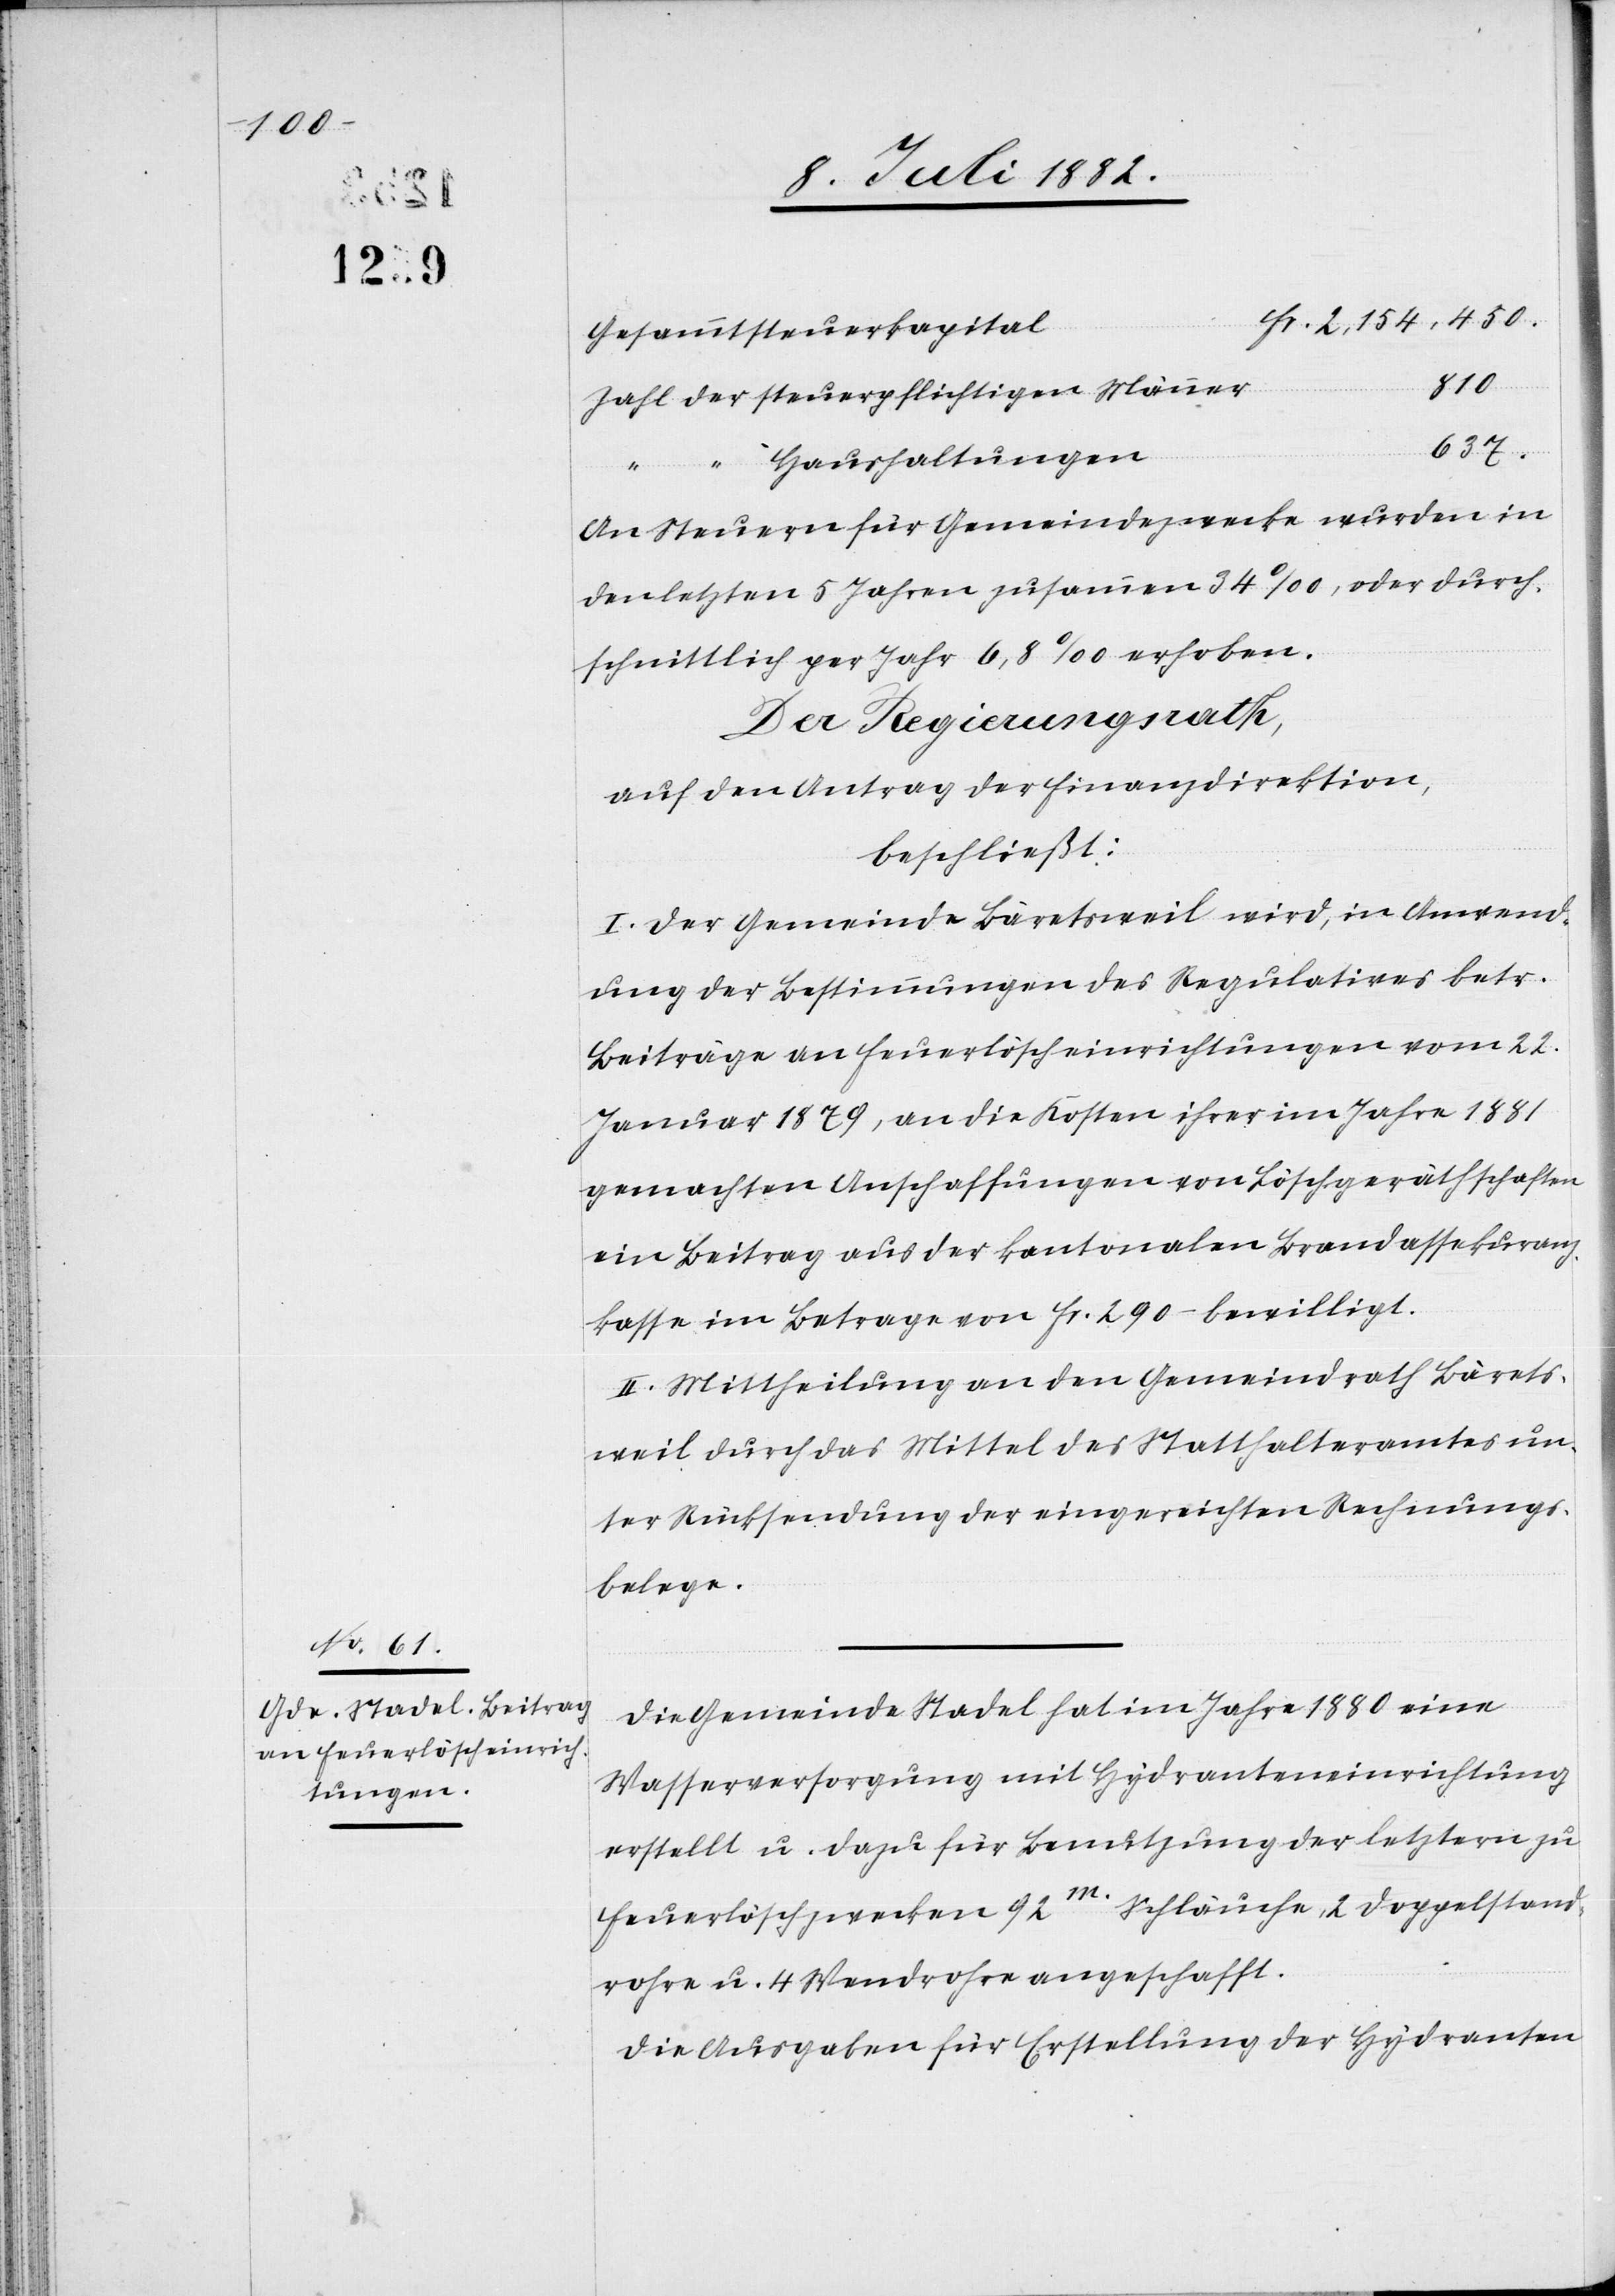
Fr. 2,154,450.
Gesammtsteuerkapital
810
Zahl der steuerpflichtigen Männer
637
“ “ Haushaltungen
An Steuern für Gemeindezwecke wurden in
den letzten 5 Jahren zusammen 34‰, oder durch¬
schnittlich per Jahr 6,8‰ erhoben.
Der Regierungsrath,
auf den Antrag der Finanzdirektion,
beschließt:
I. Der Gemeinde Bäretsweil wird, in Anwend¬
ung der Bestimmungen des Regulatives betr.
Beiträge an Feuerlöscheinrichtungen vom 22.
Januar 1879, an die Kosten ihrer im Jahre 1881
gemachten Anschaffungen von Löschgeräthschaften
ein Beitrag aus der kantonalen Brandassekuranz¬
kasse im Betrage von Fr. 290.– bewilligt.
II. Mittheilung an den Gemeindrath Bärets¬
weil durch das Mittel des Statthalteramtes un¬
ter Rücksendung der eingereichten Rechnungs¬
belege.
Die Gemeinde Stadel hat im Jahre 1880 eine
Wasserversorgung mit Hydranteneinrichtung
erstellt u. dazu für Benutzung der letztern zu
Feuerlöschzwecken 92m Schläuche, 2 Doppelstand¬
rohre u. 4 Wandrohre angeschafft.
Die Ausgaben für Erstellung der Hydranten